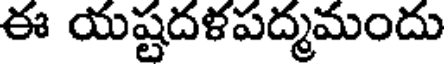
ఈ యష్టదళపద్మమందు